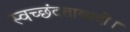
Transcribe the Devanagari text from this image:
स्वच्छंदतावादी।